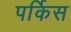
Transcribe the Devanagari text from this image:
पर्किस